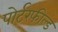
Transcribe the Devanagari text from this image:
पोर्टरफील्ड